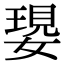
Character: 𡠝